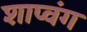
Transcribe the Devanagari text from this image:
शाप्वंग